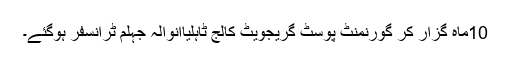
10ماہ گزار کر گورنمنٹ پوسٹ گریجویٹ کالج ٹاہلیاانوالہ جہلم ٹرانسفر ہوگئے۔